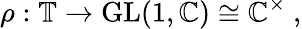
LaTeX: \rho:\mathbb{T}\to{\mathrm{GL}}(1,\mathbb{C})\cong\mathbb{C}^{\times}~,